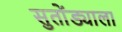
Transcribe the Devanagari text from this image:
सुतोंड्याला